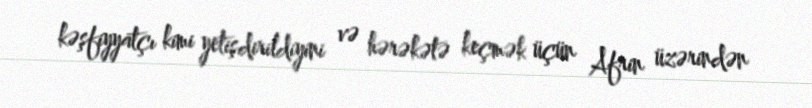
kəşfiyyatçı kimi yetişdirildiyini və hərəkətə keçmək üçün Afrin üzərindən